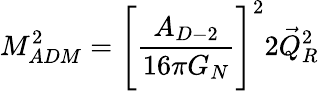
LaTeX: M_{ADM}^{2}=\Biggl[\frac{A_{D-2}}{16\pi G_{N}}\Biggr]^{2}2\vec{Q}_{R}^{2}